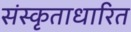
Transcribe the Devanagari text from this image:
संस्कृताधारित